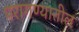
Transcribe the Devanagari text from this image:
परागण्यातील